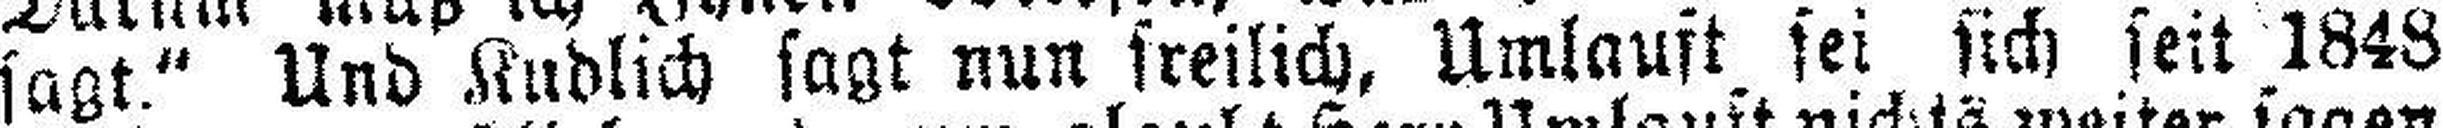
sagt.“ Und Kudlich sagt nun freilich, Umlauft, sei sich seit 1848